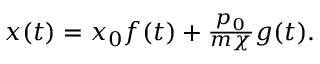
\begin{array} { r } { x ( t ) = x _ { 0 } f ( t ) + \frac { p _ { 0 } } { m \chi } g ( t ) . } \end{array}